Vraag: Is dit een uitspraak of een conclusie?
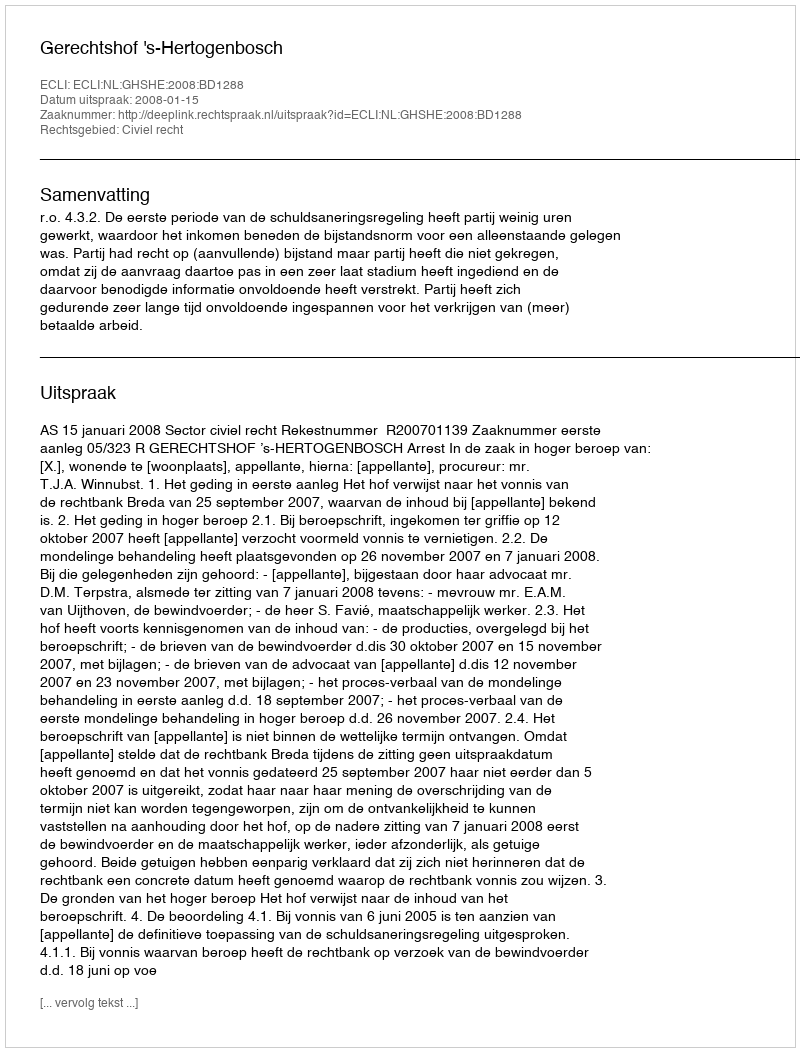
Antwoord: Uitspraak